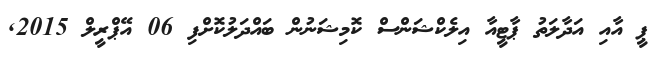
ޕީ އާއި އަދާލަތު ޕާޓީއާ އިލެކްޝަންސް ކޮމިޝަނުން ބައްދަލުކޮށްފި 06 އޭޕްރީލް 2015